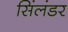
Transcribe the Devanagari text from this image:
सिंलंडर